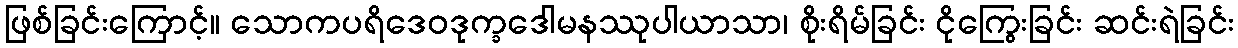
ဖြစ်ခြင်းကြောင့်။ သောကပရိဒေဝဒုက္ခဒေါမနဿုပါယာသာ၊ စိုးရိမ်ခြင်း ငိုကြွေးခြင်း ဆင်းရဲခြင်း